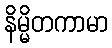
နိမ္မိတကာမာ